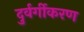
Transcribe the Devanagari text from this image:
दुर्वर्गीकरण